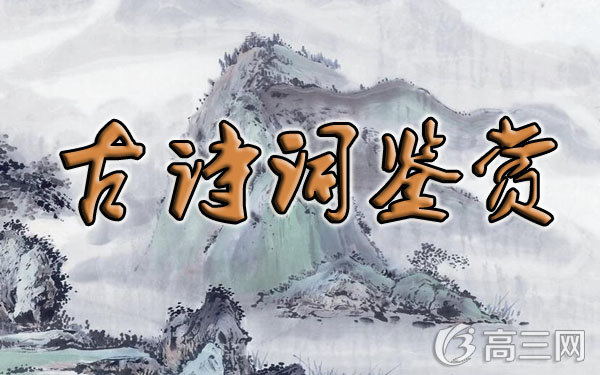
村喜禾花实，峰看岭岫重。